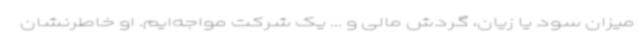
میزان سود یا زیان، گردش مالی و ... یک شرکت مواجه‌ایم. او خاطرنشان